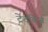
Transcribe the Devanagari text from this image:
ट्रेंटब्रिज